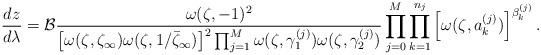
LaTeX: \begin{align*}\frac{dz}{d\lambda}=\mathcal{B}\frac{\omega(\zeta,-1)^2}{\left[\omega(\zeta,\zeta_\infty)\omega(\zeta,1/\bar\zeta_\infty)\right]^2\prod_{j=1}^{M} \omega(\zeta,\gamma_{1}^{(j)}) \omega(\zeta,\gamma_{2}^{(j)})}\prod_{j=0}^{M} \prod_{k=1}^{n_j} \left[\omega(\zeta,a_{k}^{(j)})\right]^{\beta_k^{(j)}}.\end{align*}